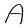
Character: A